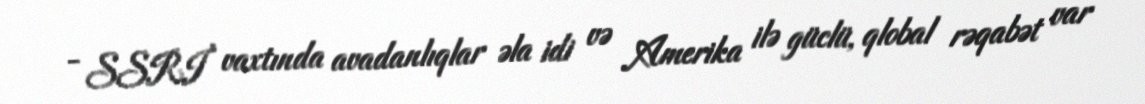
- SSRİ vaxtında avadanlıqlar əla idi və Amerika ilə güclü, qlobal rəqabət var